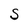
Character: S